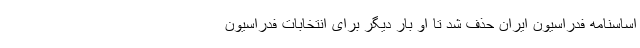
اساسنامه فدراسیون ایران حذف شد تا او بار دیگر برای انتخابات فدراسیون